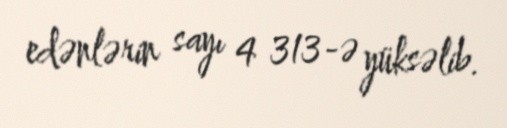
edənlərin sayı 4 313-ə yüksəlib.